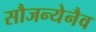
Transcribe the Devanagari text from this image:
सौजन्येनैव